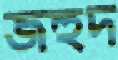
জহুদ